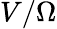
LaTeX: V/\Omega